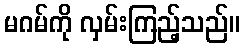
မဂမ်ကို လှမ်းကြည့်သည်။